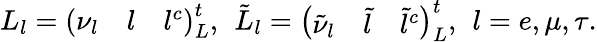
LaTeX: L_{l}=\left(\begin{array}{ccc}{{\nu_{l}}}&{{l}}&{{l^{c}}}\end{array}\right)_{L}^{t},\, \ \tilde{L}_{l}=\left(\begin{array}{ccc}{{\tilde{\nu}_{l}}}&{{\tilde{l}}}&{{\tilde{l}^{c}}}\end{array}\right)_{L}^{t},\, \ l=e,\mu,\tau.